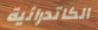
الكاتدرائية